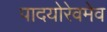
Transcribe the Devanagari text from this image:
पादयोरेवमेव